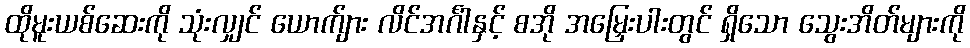
ထိုမူးယစ်ဆေးကို သုံးလျှင် ယောက်ျား လိင်အင်္ဂါနှင့် စအို အမြှေးပါးတွင် ရှိသော သွေးအိတ်များကို